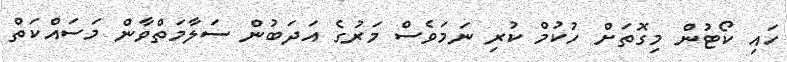
ހައި ކޯޓުން މިގޮތަށް ހުކުމް ކުރި ނަމަވެސް މަރުގެ އަދަބުން ސަލާމަތްވާން މަސައްކަތް